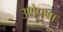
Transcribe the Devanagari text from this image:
उणेपणा